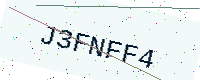
Text: J3FNFF4